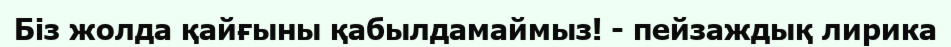
Біз жолда қайғыны қабылдамаймыз! - пейзаждық лирика